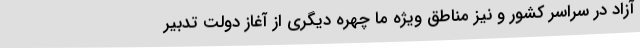
آزاد در سراسر کشور و نیز مناطق ویژه ما چهره دیگری از آغاز دولت تدبیر